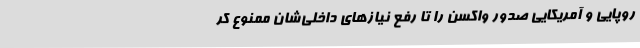
روپایی و آمریکایی صدور واکسن را تا رفع نیازهای داخلی‌شان ممنوع کر